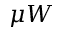
\mu W